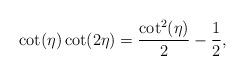
LaTeX: \begin{align*}\cot (\eta ) \cot (2 \eta )= \frac{\cot ^2(\eta )}{2}-\frac{1}{2}, \end{align*}